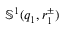
\mathbb { S } ^ { 1 } ( q _ { 1 } , r _ { 1 } ^ { \pm } )